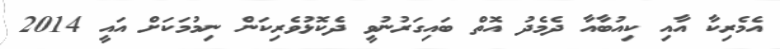
އެމެރިކާ އާއި ކިއުބާއާ ދެމެދު އޮތް ބައިގަރުނުވީ ދެކޮޅުވެރިކަން ނިމުމަކަށް އައީ 2014